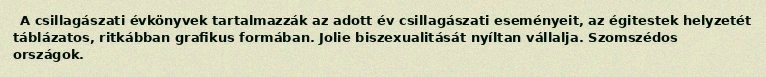
A csillagászati évkönyvek tartalmazzák az adott év csillagászati eseményeit, az égitestek helyzetét táblázatos, ritkábban grafikus formában. Jolie biszexualitását nyíltan vállalja. Szomszédos országok.